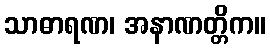
သာဓာရဏ၊ အနာဏတ္တိက။